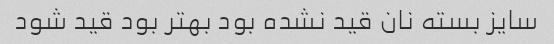
سایز بسته نان قید نشده بود بهتر بود قید شود